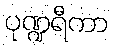
ပုဏ္ဍရီကာ